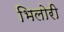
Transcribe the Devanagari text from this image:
भिलोरी